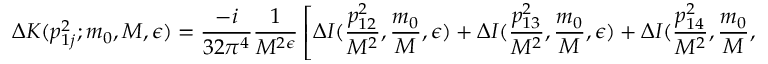
\Delta K ( p _ { 1 j } ^ { 2 } ; m _ { 0 } , M , \epsilon ) = \frac { - i } { 3 2 \pi ^ { 4 } } \frac { 1 } { M ^ { 2 \epsilon } } \left[ \Delta I ( \frac { p _ { 1 2 } ^ { 2 } } { M ^ { 2 } } , \frac { m _ { 0 } } { M } , \epsilon ) + \Delta I ( \frac { p _ { 1 3 } ^ { 2 } } { M ^ { 2 } } , \frac { m _ { 0 } } { M } , \epsilon ) + \Delta I ( \frac { p _ { 1 4 } ^ { 2 } } { M ^ { 2 } } , \frac { m _ { 0 } } { M } , \epsilon ) \right] .